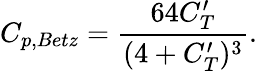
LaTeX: C_{p,Betz}=\frac{64C_{T}^{\prime}}{(4+C_{T}^{\prime})^{3}}.